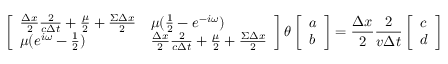
\left[ \begin{array} { l l } { \frac { \Delta x } { 2 } \frac { 2 } { c \Delta t } + \frac { \mu } { 2 } + \frac { \Sigma \Delta x } { 2 } } & { \mu ( \frac { 1 } { 2 } - e ^ { - i \omega } ) } \\ { \mu ( e ^ { i \omega } - \frac { 1 } { 2 } ) } & { \frac { \Delta x } { 2 } \frac { 2 } { c \Delta t } + \frac { \mu } { 2 } + \frac { \Sigma \Delta x } { 2 } } \end{array} \right] \theta \left[ \begin{array} { l } { a } \\ { b } \end{array} \right] = \frac { \Delta x } { 2 } \frac { 2 } { v \Delta t } \left[ \begin{array} { l } { c } \\ { d } \end{array} \right]